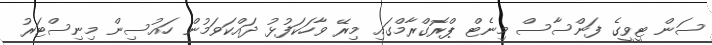
ސަން ޓީވީގެ ފަންސާސް މިނެޓް ޕްރޮގްރާމްގައި މިރޭ ވާހަކަފުޅު ދައްކަވަމުން ހައުސިން މިނިސްޓަރު